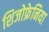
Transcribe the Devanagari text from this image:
शिजोफ्रेनिया